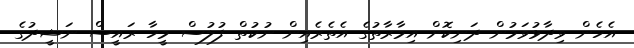
އެހެން ވިދާޅުވަމުން ދަނިކޮށް އިމާރާތުގެ އެތެރެއިން ނުކުތް ފުލުސް މީހާ ރައީސް ނަޝީދުގެ